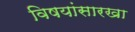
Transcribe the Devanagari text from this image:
विषयांसारखा